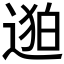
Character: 𬨯